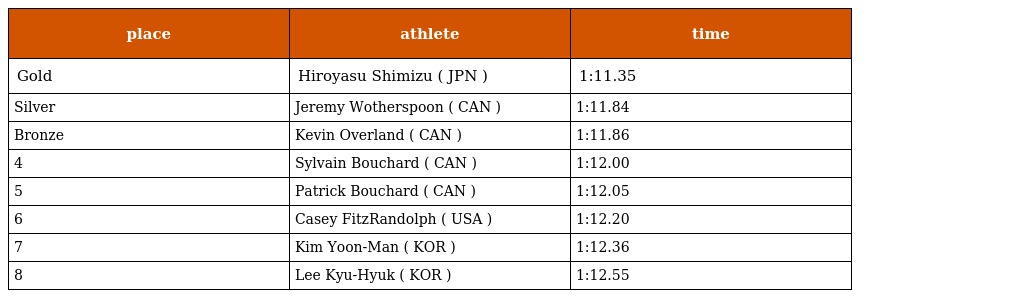
| place | athlete | time |
 | --- | --- | --- |
 | Gold | Hiroyasu Shimizu ( JPN ) | 1:11.35 |
 | Silver | Jeremy Wotherspoon ( CAN ) | 1:11.84 |
 | Bronze | Kevin Overland ( CAN ) | 1:11.86 |
 | 4 | Sylvain Bouchard ( CAN ) | 1:12.00 |
 | 5 | Patrick Bouchard ( CAN ) | 1:12.05 |
 | 6 | Casey FitzRandolph ( USA ) | 1:12.20 |
 | 7 | Kim Yoon-Man ( KOR ) | 1:12.36 |
 | 8 | Lee Kyu-Hyuk ( KOR ) | 1:12.55 |